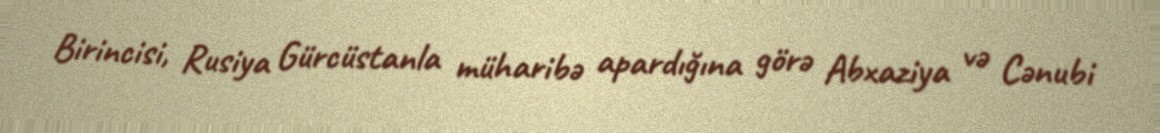
Birincisi, Rusiya Gürcüstanla müharibə apardığına görə Abxaziya və Cənubi